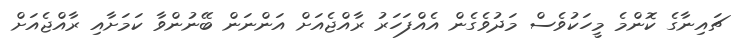
ޗައިނާގެ ކޮންމެ މީހަކުވެސް މަދުވެގެން އެއްފަހަރު ރާއްޖެއަށް އަންނަން ބޭނުންވާ ކަމަށާއި ރާއްޖެއަށް